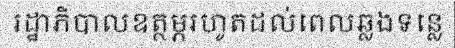
រដ្ឋាភិបាលឧត្ថម្ភរហូតដល់ពេលឆ្លងទន្លេ